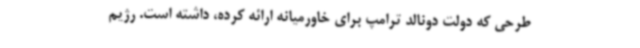
طرحی که دولت دونالد ترامپ برای خاورمیانه ارائه کرده، داشته است. رژیم